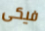
فيكى